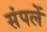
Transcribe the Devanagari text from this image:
संपलें